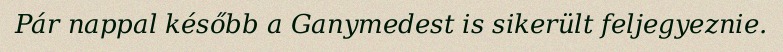
Pár nappal később a Ganymedest is sikerült feljegyeznie.